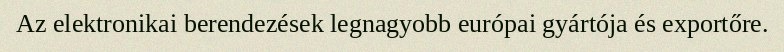
Az elektronikai berendezések legnagyobb európai gyártója és exportőre.